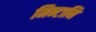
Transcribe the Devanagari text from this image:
मिन्टानि